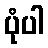
ပုံပါ